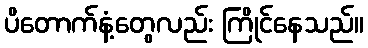
ပိတောက်နံ့တွေလည်း ကြိုင်နေသည်။